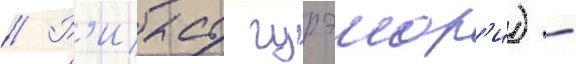
// Р'иасу гурэмор'и) -